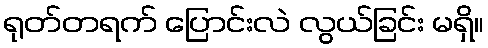
ရုတ်တရက် ပြောင်းလဲ လွယ်ခြင်း မရှိ။